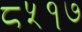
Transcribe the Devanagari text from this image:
८५१७